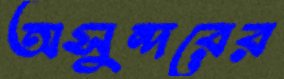
অসুন্দরের